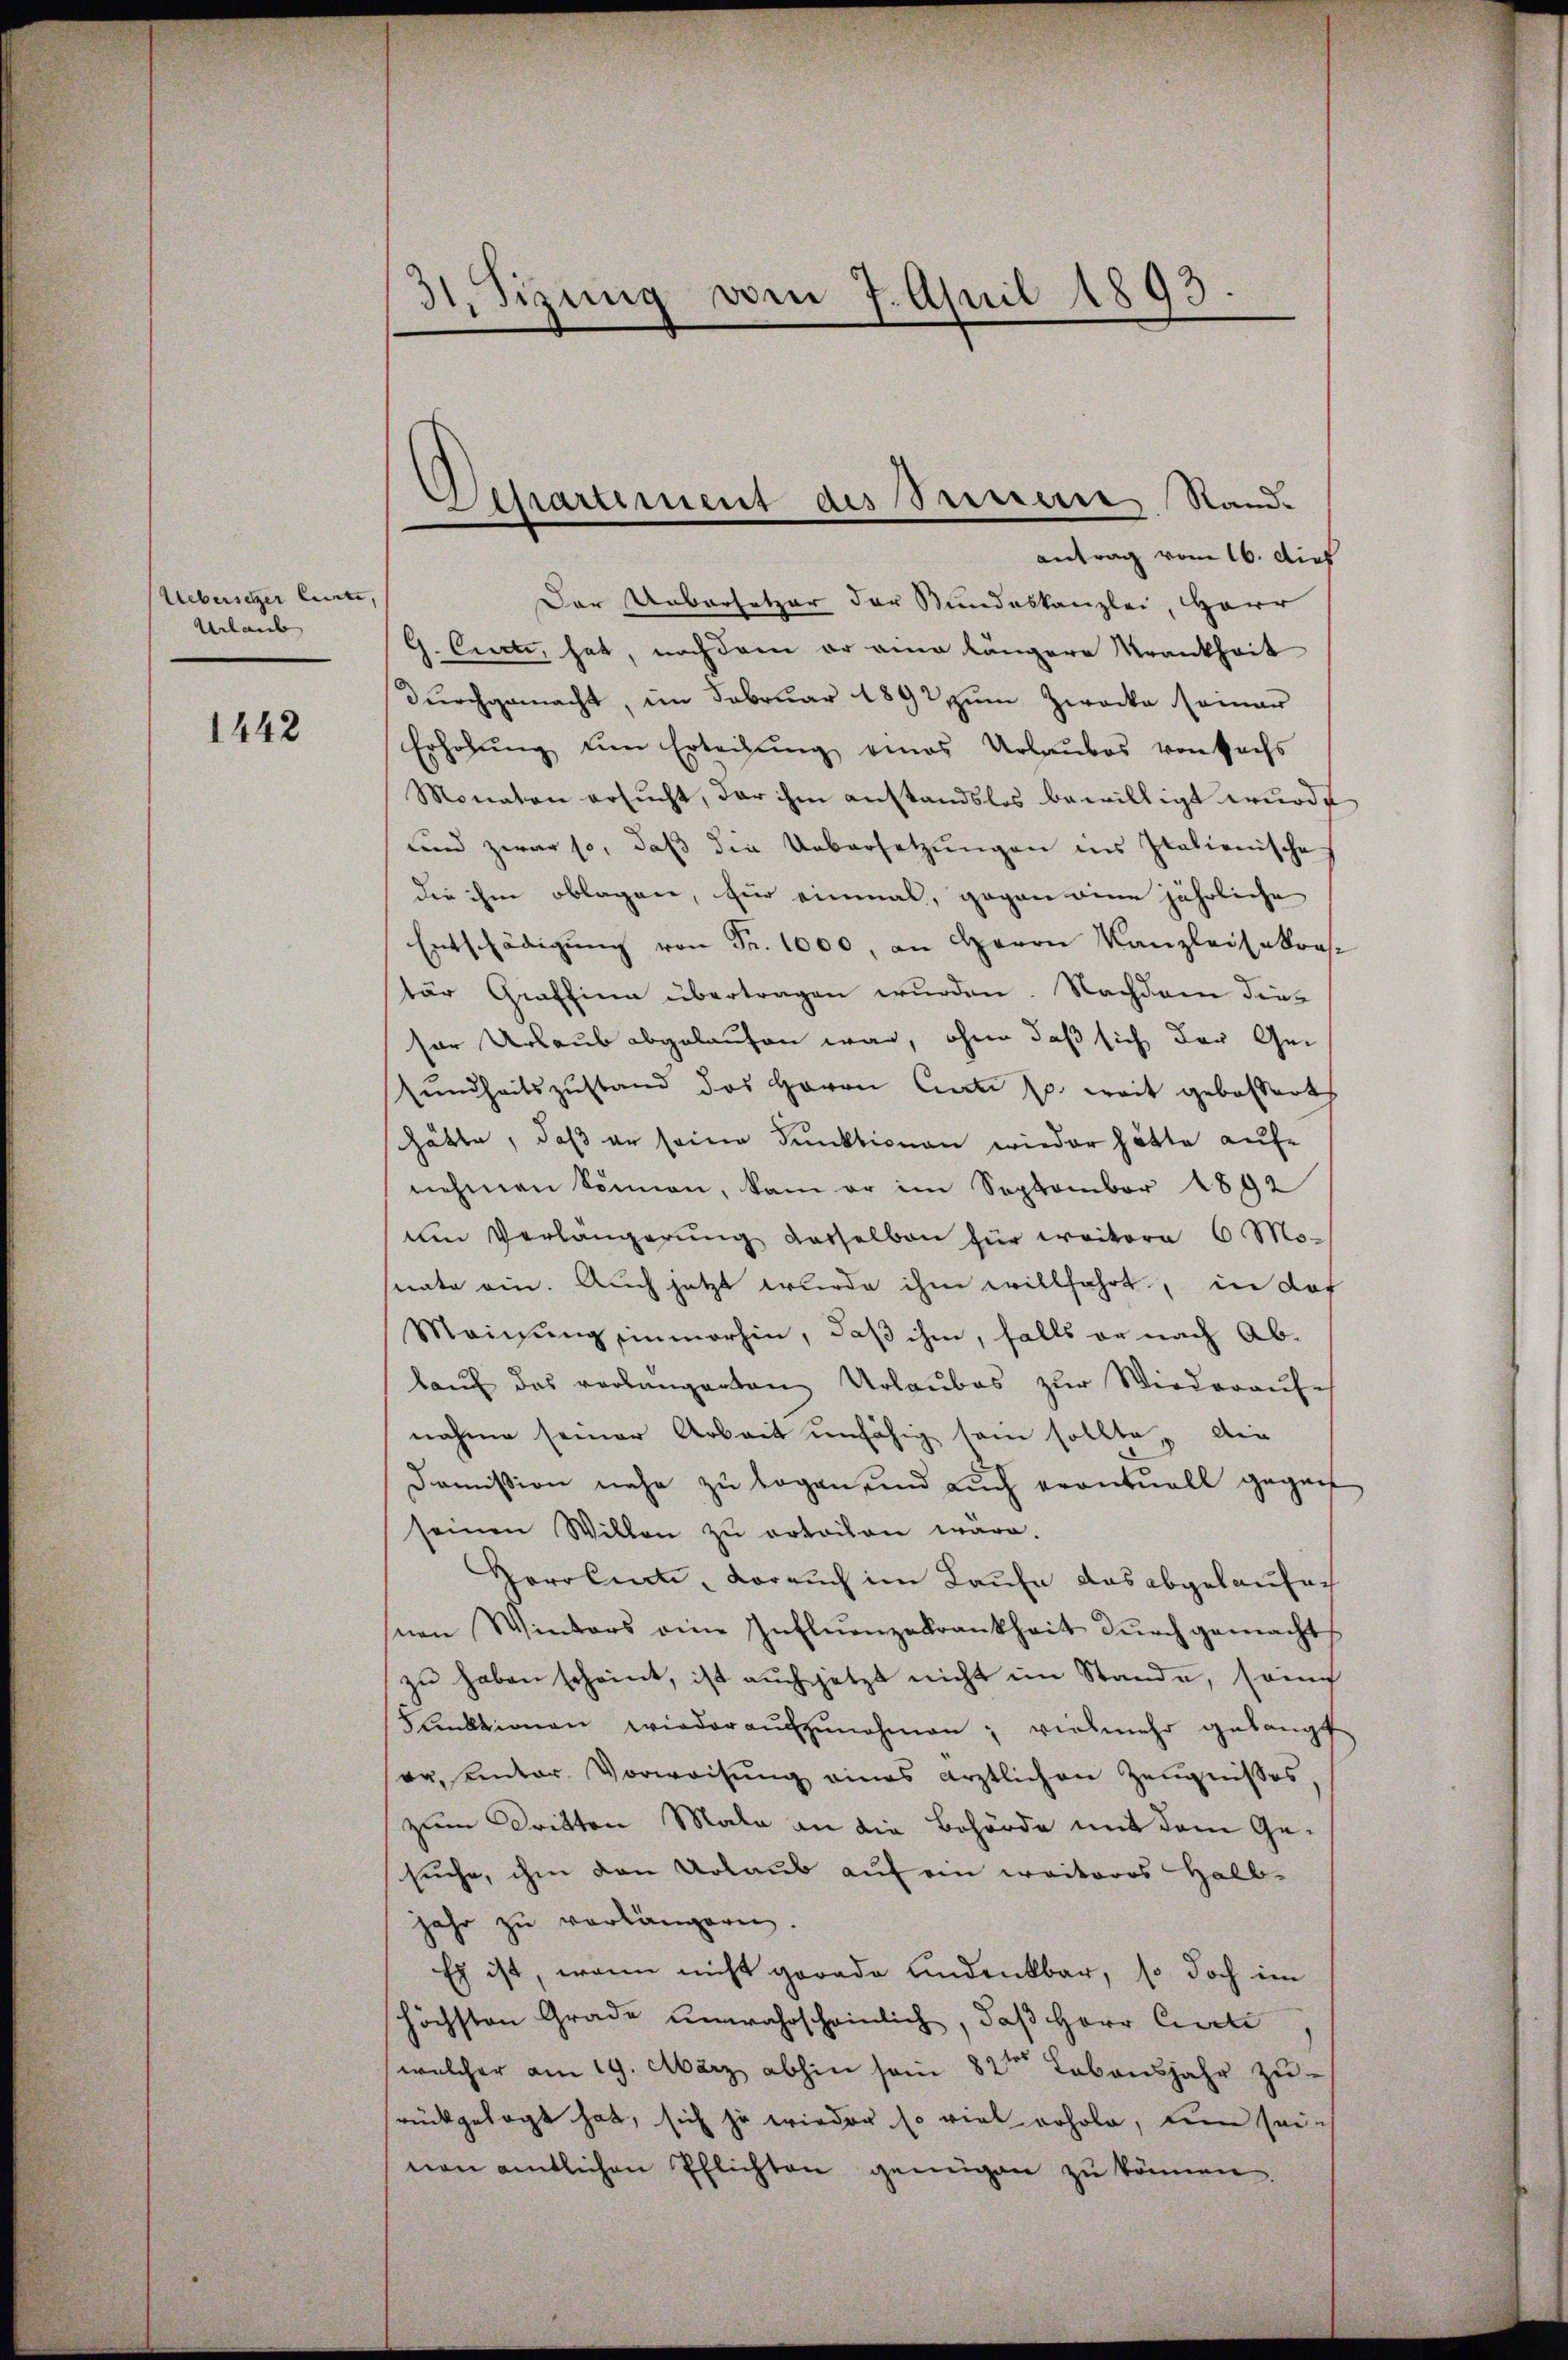
Uebersetzer Cente,
Urlaub

1442

31. Sizung vom 7. April 1893.

Der Uebersetzer der Bundeskanzlei, Herr
G. Certi, hat, nachdem er eine längere Krankheit
durchgemacht, im Februar 1892 zum Zwecke seiner
Erholung um Erteilung eines Urlaubes von Sachs
Monaten ersucht, der ihm anstandslos bewilligt wurde
und zwar so, daß die Uebersetzungen ins Italienische
die ihm oblagen, für einmal, gegen eine jährliche
Entschädigŭng von Fr. 1000, an Herrn Kanzleisekros.
tär Graffina übertragen wurden. Nachdem dieser Urlaub abgelaufen war, ohne daß sich der Ge-
sundheitszustand das Herrn Cari s. weit gebordert
hätte, daß er seine Funktionen wieder hätte aufnehmen Sonnen, kam er im September 1892
um Verlängerŭng desselben für weitere 6 Mo-
nate ein. Auch jetzt wurde ihm willfahrt, in das
Maigŭng einmorhin, daβ ihm, falls er nach Ab-
kaŭf das verlangerten Urlaubes zŭr Wiederaufe
nahme seiner Arbeit unfähig sein sollte, die
Dommißion nahe zu sagen, und auch eventuell gegen
seinen Willen zu erteilen wäre.
Gerolirte, worauch im Laufe das abgelaufen
nen Winters eine Influenzekrankheit durch gemacht
zu haben scheint, ist auch jetzt nicht im Stande, somi
Flektionen wieder aŭfzŭnehmen; vielmehr gelangt
er, unter Vorweisŭng eines ärztlichen Zeŭgnisses,
zum Dritten Male an die Behörde mit dem Gesuche, ihm den Urlaub auf ein weiteres Halb-
jahr zu vorlängern.
Es ist, wenn nicht gerade andenkbar, so doch im
höchsten Grade unwahrscheinlich, daß Herr Certi
welcher am 19. März abhin sein 82ten Lebensjahr zu-
rückgelegt hat, sich ja wieder so viel erhole, um sein
nen amtlichen Pflichten genügen zu können.

Separtement des Sennern Stand.
antrag vom 16. dies